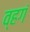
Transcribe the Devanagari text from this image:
व्हगं